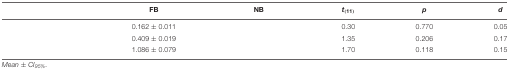
<table><thead><tr><td>[EMPTY_CELL]</td><td><b>FB</b></td><td><b>NB</b></td><td><b><i>t<sub>(11)</sub></i></b></td><td><b><i>p</i></b></td><td><b><i>d</i></b></td></tr></thead><tbody><tr><td>[EMPTY_CELL]</td><td>0.162 ± 0.011</td><td>[EMPTY_CELL]</td><td>0.30</td><td>0.770</td><td>0.05</td></tr><tr><td>[EMPTY_CELL]</td><td>0.409 ± 0.019</td><td>[EMPTY_CELL]</td><td>1.35</td><td>0.206</td><td>0.17</td></tr><tr><td>[EMPTY_CELL]</td><td>1.086 ± 0.079</td><td>[EMPTY_CELL]</td><td>1.70</td><td>0.118</td><td>0.15</td></tr></tbody></table>